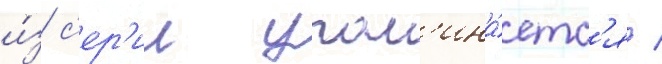
и́з с'ер'ии упом'ина́етс'я /